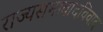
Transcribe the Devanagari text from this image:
राज्यसभावादविवाद